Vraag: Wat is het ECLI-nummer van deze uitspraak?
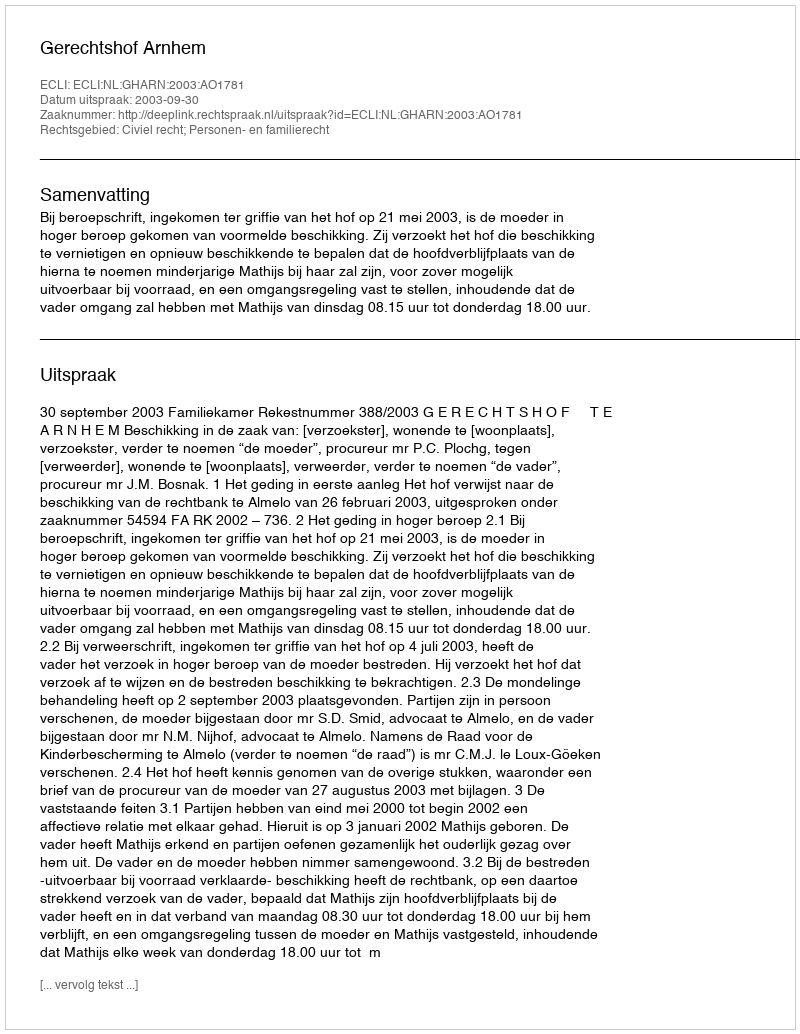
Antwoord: ECLI:NL:GHARN:2003:AO1781